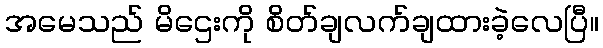
အမေသည် မိဌေးကို စိတ်ချလက်ချထားခဲ့လေပြီ။